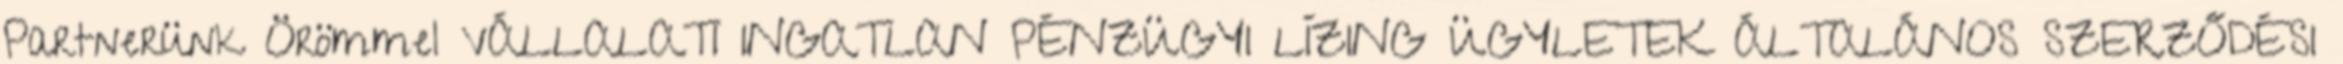
Partnerünk Örömmel VÁLLALATI INGATLAN PÉNZÜGYI LÍZING ÜGYLETEK ÁLTALÁNOS SZERZŐDÉSI